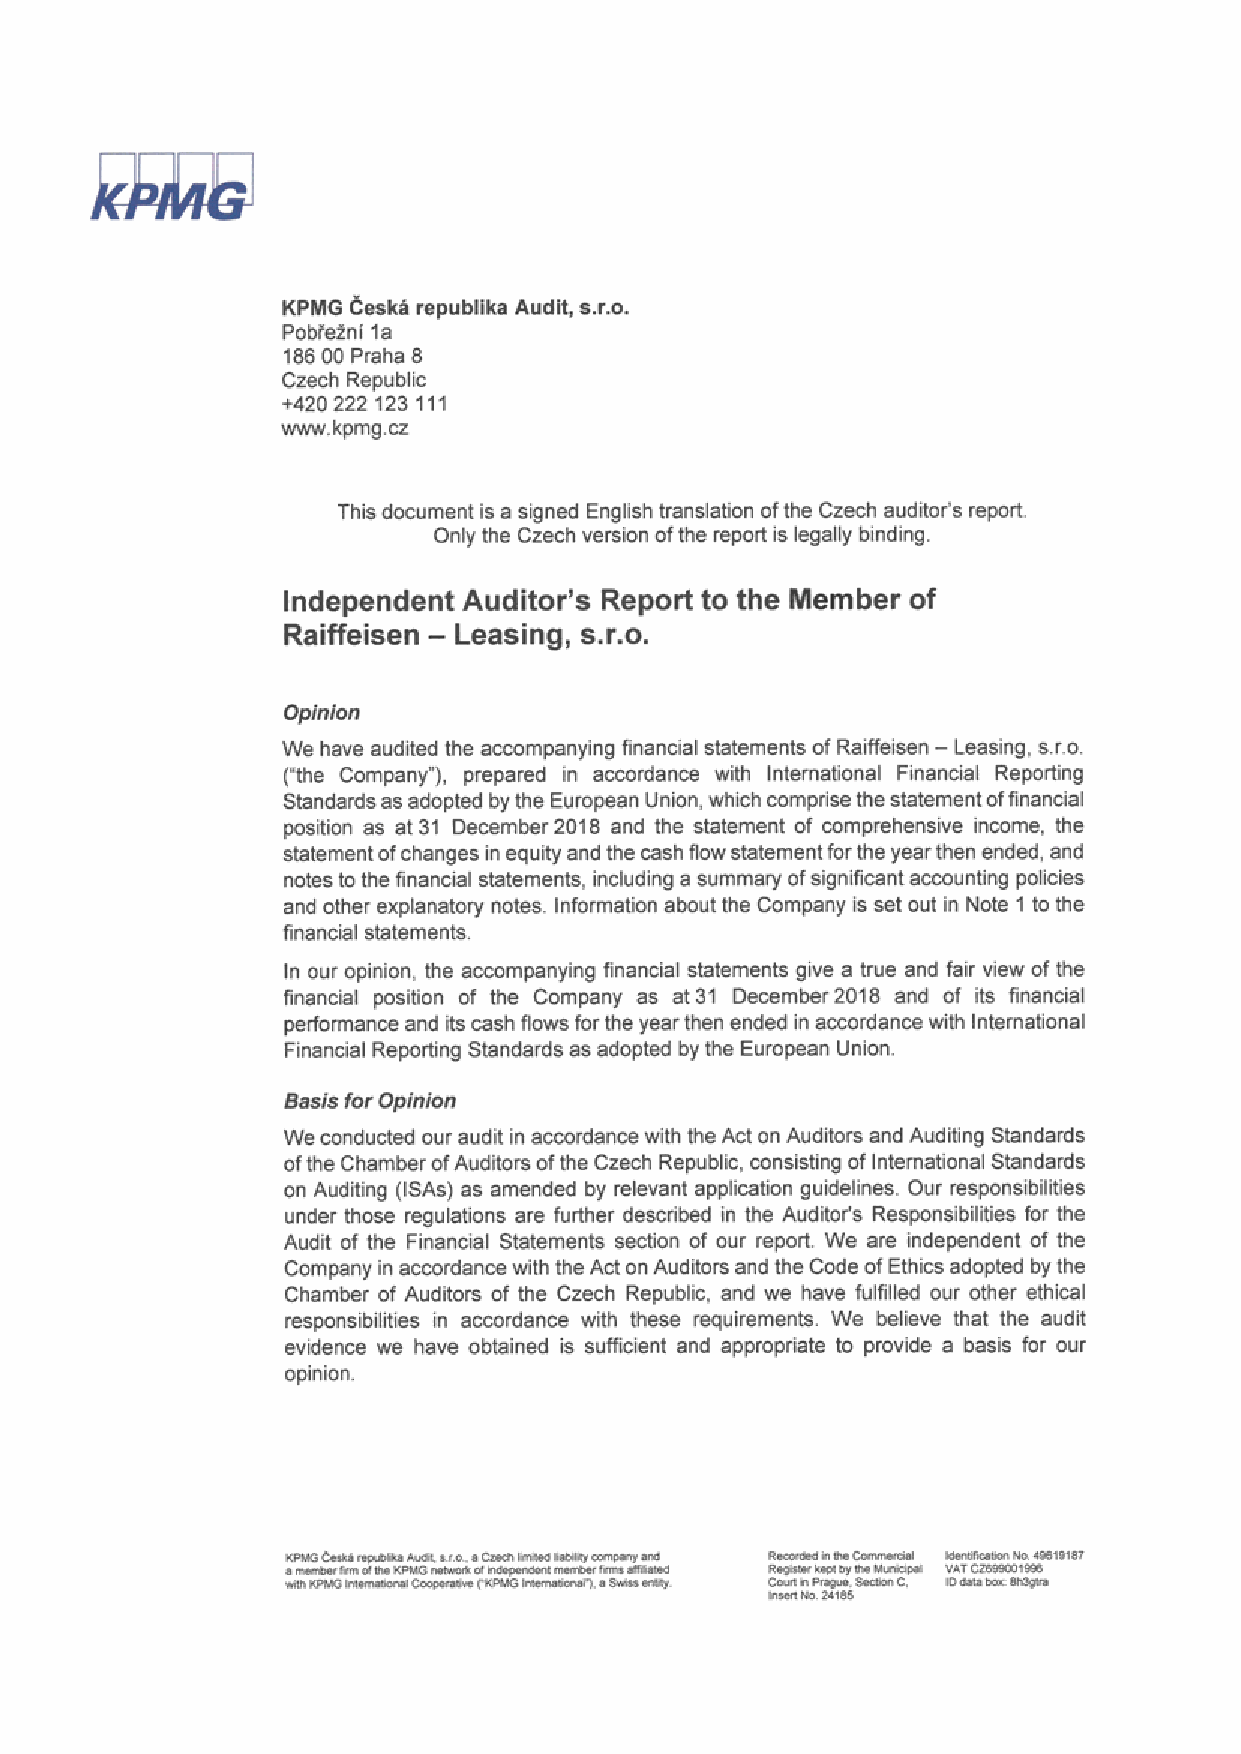
Raiffeisen - Leasing, s.r.o. - Příloha individuální účetní závěrky - Rok končící 31. prosincem 2018
 Annual Report 2018           page 11 (total 98)